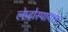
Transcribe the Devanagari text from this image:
लेप्टोस्पायरा